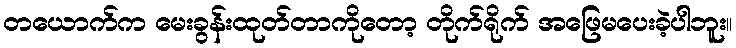
တယောက်က မေးခွန်းထုတ်တာကိုတော့ တိုက်ရိုက် အဖြေမပေးခဲ့ပါဘူး။